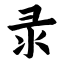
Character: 录